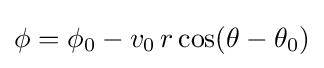
\phi =\phi _{0}-v_{0}\,r\cos(\theta -\theta _{0})